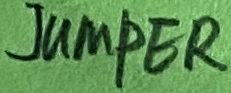
Text: JUMPER